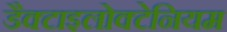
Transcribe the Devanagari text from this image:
डैक्टाइलोक्टेनियम